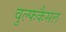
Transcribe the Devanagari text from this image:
वुल्फकैसल